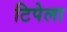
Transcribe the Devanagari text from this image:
टिपेला